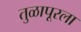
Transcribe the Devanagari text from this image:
तुळापूरला